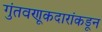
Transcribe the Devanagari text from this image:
गुंतवणूकदारांकडून